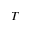
T